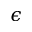
\epsilon